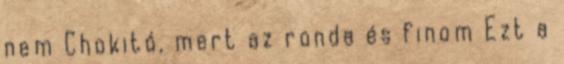
nem Chokitó, mert az ronda és finom Ezt a